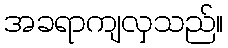
အခရာကျလှသည်။